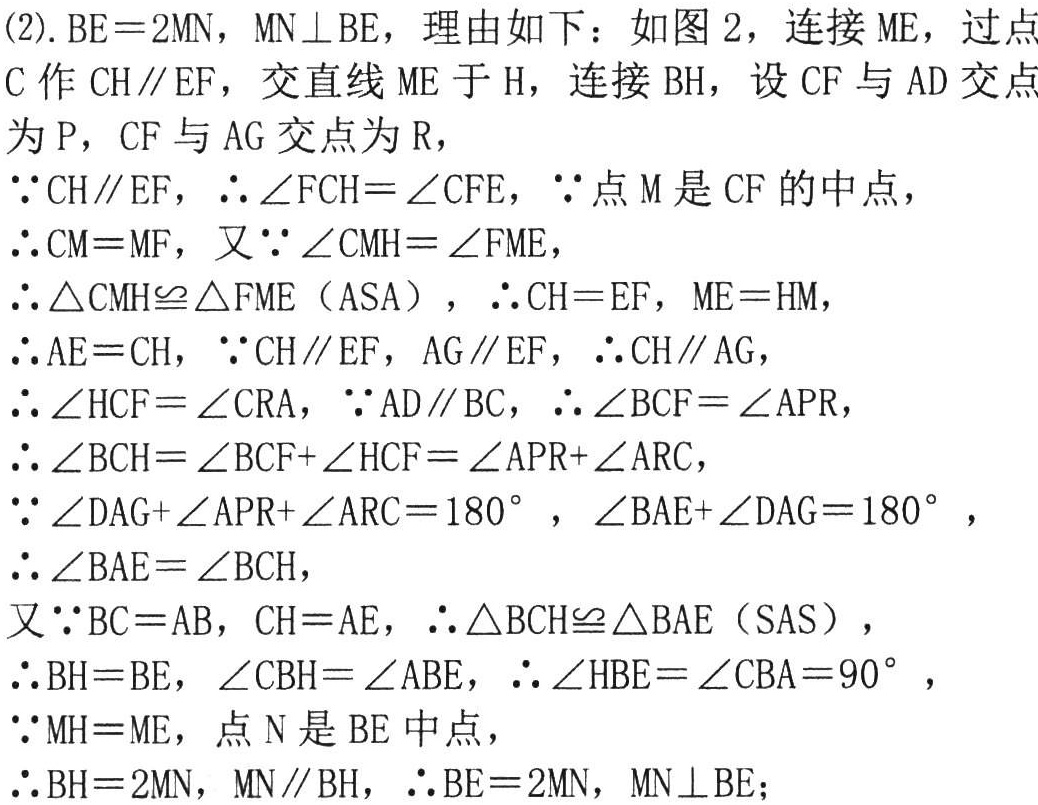
(2). \(BE = 2MN\)，\(MN\perp BE\)，理由如下：如图 2，连接 \(ME\)，过点 \(C\)作 \(CH\parallel EF\)，交直线 \(ME\)于 \(H\)，连接 \(BH\)，设 \(CF\)与 \(AD\)交点为 \(P\)，\(CF\)与 \(AG\)交点为 \(R\)，
\(\because CH\parallel EF\)，\(\therefore\angle FCH=\angle CFE\)，\(\because\)点 \(M\)是 \(CF\)的中点，
\(\therefore CM = MF\)，又\(\because\angle CMH=\angle FME\)，
\(\therefore\triangle CMH\cong\triangle FME\)（ASA），\(\therefore CH = EF\)，\(ME = HM\)，
\(\therefore AE = CH\)，\(\because CH\parallel EF\)，\(AG\parallel EF\)，\(\therefore CH\parallel AG\)，
\(\therefore\angle HCF=\angle CRA\)，\(\because AD\parallel BC\)，\(\therefore\angle BCF=\angle APR\)，
\(\therefore\angle BCH=\angle BCF + \angle HCF=\angle APR+\angle ARC\)，
\(\because\angle DAG+\angle APR+\angle ARC = 180^{\circ}\)，\(\angle BAE+\angle DAG = 180^{\circ}\)，
\(\therefore\angle BAE=\angle BCH\)，
又\(\because BC = AB\)，\(CH = AE\)，\(\therefore\triangle BCH\cong\triangle BAE\)（SAS），
\(\therefore BH = BE\)，\(\angle CBH=\angle ABE\)，\(\therefore\angle HBE=\angle CBA = 90^{\circ}\)，
\(\because MH = ME\)，点 \(N\)是 \(BE\)中点，
\(\therefore BH = 2MN\)，\(MN\parallel BH\)，\(\therefore BE = 2MN\)，\(MN\perp BE\)；